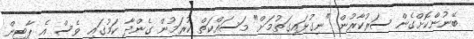
ބޭނުންކޮށްގެން ސަރުކާރުން "ނިގުޅައިގަތުމަށް" މަސައްކަތް ކުރަމުން ގެންދާ ކަމުގައި ވެސް އެ ޕާޓީން